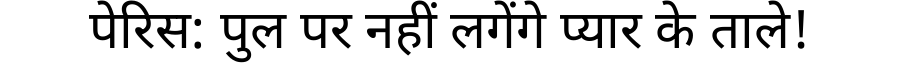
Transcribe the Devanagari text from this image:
पेरिस: पुल पर नहीं लगेंगे प्यार के ताले!